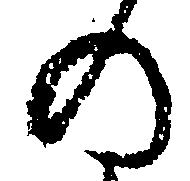
の